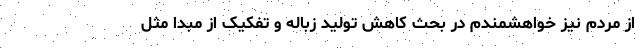
از مردم نیز خواهشمندم در بحث کاهش تولید زباله و تفکیک از مبدا مثل